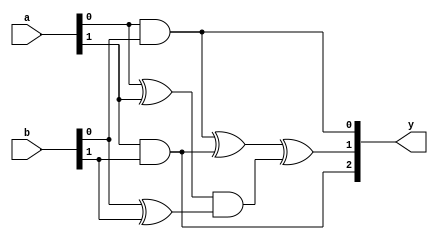
`timescale 1ns / 1ps
//////////////////////////////////////////////////////////////////////////////////
// Company: 
// Engineer: 
// 
// Design Name: 
// Module Name: KA_2bit
// Project Name: 
// Target Devices: 
// Tool Versions: 
// Description: 
// 
// Dependencies: 
// 
// Revision:
// Revision 0.01 - File Created
// Additional Comments:
// 
//////////////////////////////////////////////////////////////////////////////////

module KA_2bit(
    a, 
    b, 
    y
    );
    
input [1:0] a;
input [1:0] b;

output [2:0] y;

reg [2:0] y;

always @(a,b)
begin
    y[0] = (a[0] & b[0]);
    y[2] = (a[1] & b[1]);
    y[1] = (y[0] ^ y[2]) ^ ((a[0] ^ a[1]) & (b[0] ^ b[1]));
end
    
endmodule